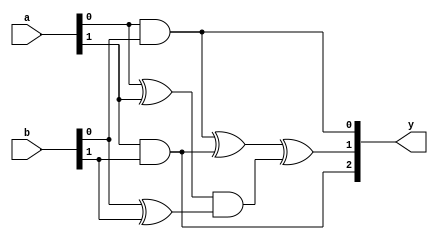
`timescale 1ns / 1ps
//////////////////////////////////////////////////////////////////////////////////
// Company: 
// Engineer: 
// 
// Design Name: 
// Module Name: KA_2bit
// Project Name: 
// Target Devices: 
// Tool Versions: 
// Description: 
// 
// Dependencies: 
// 
// Revision:
// Revision 0.01 - File Created
// Additional Comments:
// 
//////////////////////////////////////////////////////////////////////////////////

module KA_2bit(
    a, 
    b, 
    y
    );
    
input [1:0] a;
input [1:0] b;

output [2:0] y;

reg [2:0] y;

always @(a,b)
begin
    y[0] = (a[0] & b[0]);
    y[2] = (a[1] & b[1]);
    y[1] = (y[0] ^ y[2]) ^ ((a[0] ^ a[1]) & (b[0] ^ b[1]));
end
    
endmodule